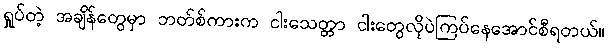
ရှုပ်တဲ့ အချိန်တွေမှာ ဘတ်စ်ကားက ငါးသေတ္တာ ငါးတွေလိုပဲကြပ်နေအောင်စီရတယ်။